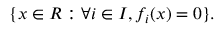
\{ x \in R : \forall i \in I , f _ { i } ( x ) = 0 \} .